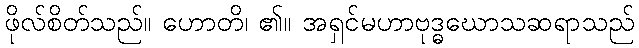
ဖိုလ်စိတ်သည်။ ဟောတိ၊ ၏။ အရှင်မဟာဗုဒ္ဓဃောသဆရာသည်